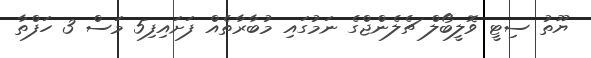
ޔޫތު ސިޓީ ވޮލީބޯލް ޗެލެންޖްގެ ނަމުގައި މުބާރާތެއް ފަށައިފި5 މަސް 3 ހަފްތާ